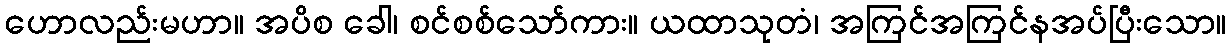
ဟောလည်းမဟာ။ အပိစ ခေါ၊ စင်စစ်သော်ကား။ ယထာသုတံ၊ အကြင်အကြင်နအပ်ပြီးသော။